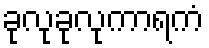
ခုလုခုလုကာရကံ